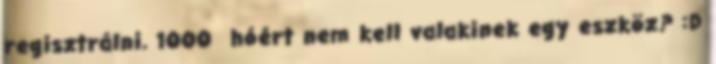
regisztrálni. 1000 hóért nem kell valakinek egy eszköz? :D